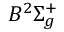
B ^ { 2 } \Sigma _ { g } ^ { + }